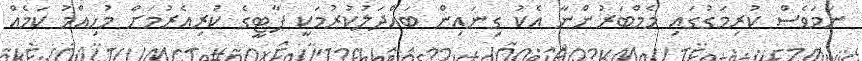
ނަމަވެސް ކުރިމަގުގައި މެމްބަރުންނާ އެކު ގިނައިން ބައްދަލުކުރުމަކީ ޕާޓީގެ ކުރިއެރުމަށް މުހިއްމު ކަމެއް